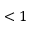
< 1